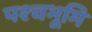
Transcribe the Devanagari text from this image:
पश्चभूमि